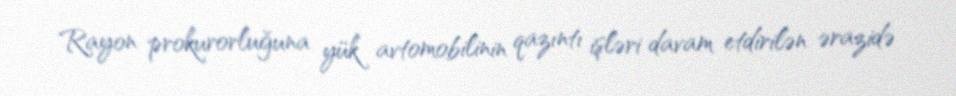
Rayon prokurorluğuna yük avtomobilinin qazıntı işləri davam etdirilən ərazidə